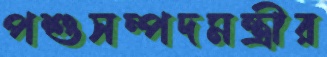
পশুসম্পদমন্ত্রীর